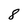
Character: 8